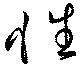
性